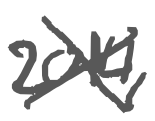
Text: 2014,
Cross-out: cross
Writing tool: digital_gray